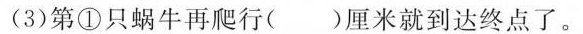
(3)第①只蜗牛再爬行( )厘米就到达终点了。